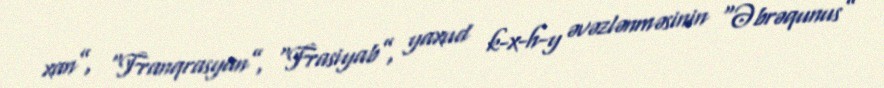
xan”, “Franqrasyan”, “Frasiyab”, yaxud k-x-h-y əvəzlənməsinin “Əbrəqunus”